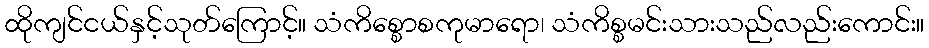
ထိုကျင်ငယ်နှင့်သုတ်ကြောင့်။ သံကိစ္စောစကုမာရော၊ သံကိစ္စမင်းသားသည်လည်းကောင်း။